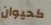
كحيوان